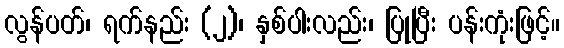
လွန်ပတ်၊ ရက်နည်း (၂)၊ နှစ်ပါးလည်း၊ ပြုပြီး ပန်းကုံးဖြင့်။